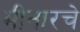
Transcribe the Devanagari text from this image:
मीनारचे